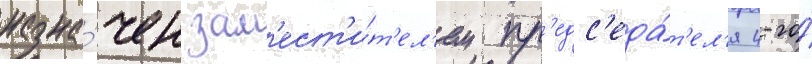
назна́чен зам'ест'и́т'ел'ем пр'едс'еда́т'ел'я 4-го́